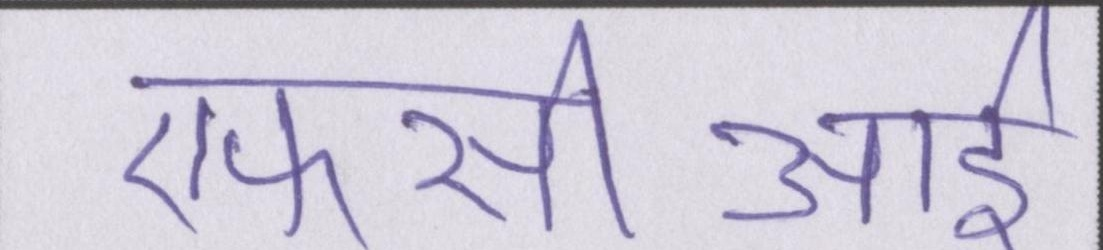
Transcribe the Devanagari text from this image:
एफसीआई